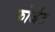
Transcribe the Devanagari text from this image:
फोर्जेट